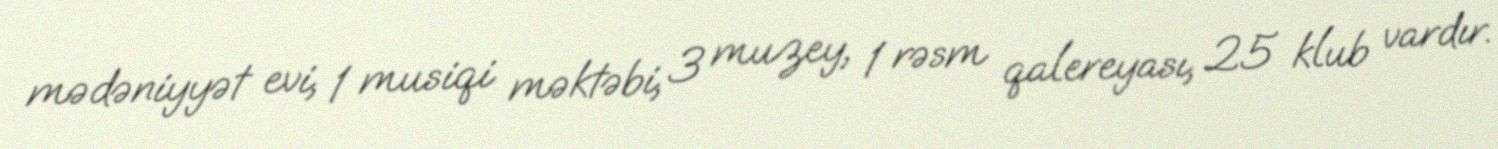
mədəniyyət evi, 1 musiqi məktəbi, 3 muzey, 1 rəsm qalereyası, 25 klub vardır.